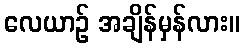
လေယာဉ် အချိန်မှန်လား။